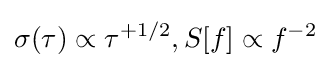
\sigma (\tau )\propto \tau ^{+1/2},S[f]\propto f^{-2}